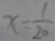
x = \frac { 1 } { 2 0 }